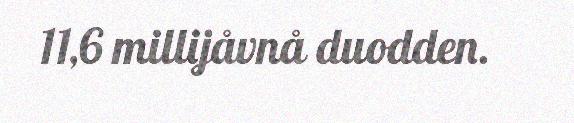
11,6 millijåvnå duodden.